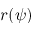
r ( \psi )